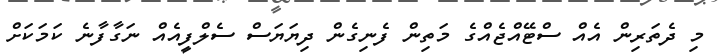
މި ދެތަރިން އެއް ސްޓޭއްޖެއްގެ މަތިން ފެނިގެން ދިޔަޔަސް ސެލްފީއެއް ނަގާފާނެ ކަމަކަށް